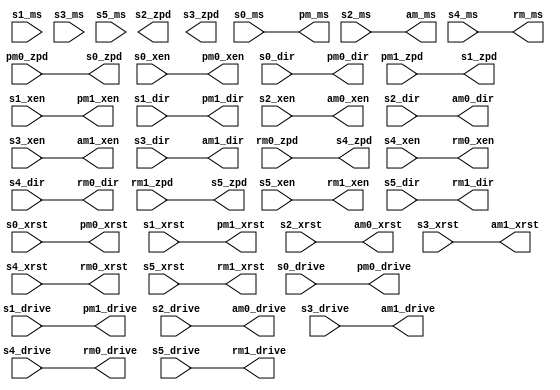
`timescale 1ns / 1ps
//////////////////////////////////////////////////////////////////////////////////
// Company:
// Engineer:
//
// Design Name:
// Module Name: fslcd
// Project Name:
// Target Devices:
// Tool Versions:
// Description:
//
// Dependencies:
//
// Revision:
// Revision 0.01 - File Created
// Additional Comments:
//
//////////////////////////////////////////////////////////////////////////////////
module fsmotor #
(
	parameter integer C_MICROSTEP_WIDTH = 3,
	parameter integer C_INVERT_DIR = 0
) (
	output wire                           s0_zpd,
	input  wire                           s0_xen,
	input  wire                           s0_xrst,
	input  wire [C_MICROSTEP_WIDTH-1:0]   s0_ms,
	input  wire                           s0_drive,
	input  wire                           s0_dir,

	output wire                           s1_zpd,
	input  wire                           s1_xen,
	input  wire                           s1_xrst,
	input  wire [C_MICROSTEP_WIDTH-1:0]   s1_ms,
	input  wire                           s1_drive,
	input  wire                           s1_dir,

	output wire                           s2_zpd,
	input  wire                           s2_xen,
	input  wire                           s2_xrst,
	input  wire [C_MICROSTEP_WIDTH-1:0]   s2_ms,
	input  wire                           s2_drive,
	input  wire                           s2_dir,

	output wire                           s3_zpd,
	input  wire                           s3_xen,
	input  wire                           s3_xrst,
	input  wire [C_MICROSTEP_WIDTH-1:0]   s3_ms,
	input  wire                           s3_drive,
	input  wire                           s3_dir,

	output wire                           s4_zpd,
	input  wire                           s4_xen,
	input  wire                           s4_xrst,
	input  wire [C_MICROSTEP_WIDTH-1:0]   s4_ms,
	input  wire                           s4_drive,
	input  wire                           s4_dir,

	output wire                           s5_zpd,
	input  wire                           s5_xen,
	input  wire                           s5_xrst,
	input  wire [C_MICROSTEP_WIDTH-1:0]   s5_ms,
	input  wire                           s5_drive,
	input  wire                           s5_dir,

	output wire [C_MICROSTEP_WIDTH-1:0]   pm_ms,
	input  wire                           pm0_zpd,
	output wire                           pm0_xen,
	output wire                           pm0_xrst,
	output wire                           pm0_drive,
	output wire                           pm0_dir,
	input  wire                           pm1_zpd,
	output wire                           pm1_xen,
	output wire                           pm1_xrst,
	output wire                           pm1_drive,
	output wire                           pm1_dir,

	output wire [C_MICROSTEP_WIDTH-1:0]   am_ms,
	output wire                           am0_xen,
	output wire                           am0_xrst,
	output wire                           am0_drive,
	output wire                           am0_dir,
	output wire                           am1_xen,
	output wire                           am1_xrst,
	output wire                           am1_drive,
	output wire                           am1_dir,

	output wire [C_MICROSTEP_WIDTH-1:0]   rm_ms,
	input  wire                           rm0_zpd,
	output wire                           rm0_xen,
	output wire                           rm0_xrst,
	output wire                           rm0_drive,
	output wire                           rm0_dir,
	input  wire                           rm1_zpd,
	output wire                           rm1_xen,
	output wire                           rm1_xrst,
	output wire                           rm1_drive,
	output wire                           rm1_dir
);

	assign s0_zpd = pm0_zpd;
	assign s1_zpd = pm1_zpd;
	assign s4_zpd = rm0_zpd;
	assign s5_zpd = rm1_zpd;
	assign pm_ms     = s0_ms;
	assign pm0_xen   = s0_xen;
	assign pm0_xrst  = s0_xrst;
	assign pm0_drive = s0_drive;
	if (C_INVERT_DIR == 0) begin
		assign pm0_dir   = s0_dir;
	end
	else begin
		assign pm0_dir   = ~s0_dir;
	end
	assign pm1_xen   = s1_xen;
	assign pm1_xrst  = s1_xrst;
	assign pm1_drive = s1_drive;
	if (C_INVERT_DIR == 0) begin
		assign pm1_dir   = s1_dir;
	end
	else begin
		assign pm1_dir   = ~s1_dir;
	end

	assign am_ms   = s2_ms;
	assign am0_xen   = s2_xen;
	assign am0_xrst  = s2_xrst;
	assign am0_drive = s2_drive;
	if (C_INVERT_DIR == 0) begin
		assign am0_dir   = s2_dir;
	end
	else begin
		assign am0_dir   = ~s2_dir;
	end
	assign am1_xen   = s3_xen;
	assign am1_xrst  = s3_xrst;
	assign am1_drive = s3_drive;
	if (C_INVERT_DIR == 0) begin
		assign am1_dir   = s3_dir;
	end
	else begin
		assign am1_dir   = ~s3_dir;
	end

	assign rm_ms   = s4_ms;
	assign rm0_xen   = s4_xen;
	assign rm0_xrst  = s4_xrst;
	assign rm0_drive = s4_drive;
	if (C_INVERT_DIR == 0) begin
		assign rm0_dir   = s4_dir;
	end
	else begin
		assign rm0_dir   = ~s4_dir;
	end
	assign rm1_xen   = s5_xen;
	assign rm1_xrst  = s5_xrst;
	assign rm1_drive = s5_drive;
	if (C_INVERT_DIR == 0) begin
		assign rm1_dir   = s5_dir;
	end
	else begin
		assign rm1_dir   = ~s5_dir;
	end

endmodule